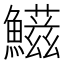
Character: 𩼑